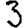
Digit: 3